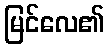
မြင်လေ၏